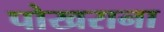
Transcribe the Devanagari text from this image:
पोखराना